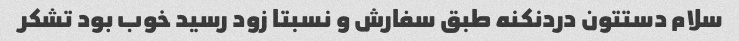
سلام دستتون دردنکنه طبق سفارش و نسبتا زود رسید خوب بود تشکر